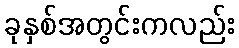
ခုနှစ်အတွင်းကလည်း